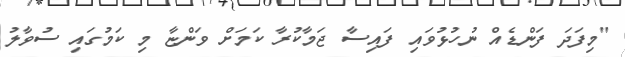
"މިފަދަ ފަންޑެއް ނުހުޅުވައި ފައިސާ ޖަމާކުރާ ކަމަށް ވަންޏާ މި ކަމުގައި ސުވާލު